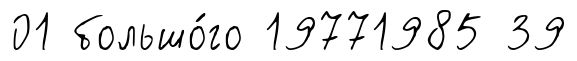
01 большо́го 19771985 39